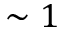
\sim 1